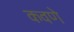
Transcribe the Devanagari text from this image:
कवणे